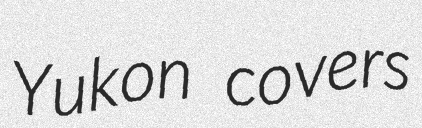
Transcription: Yukon covers